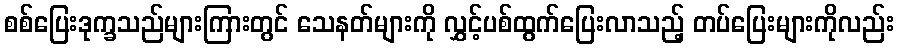
စစ်ပြေးဒုက္ခသည်များကြားတွင် သေနတ်များကို လွှင့်ပစ်ထွက်ပြေးလာသည့် တပ်ပြေးများကိုလည်း